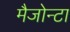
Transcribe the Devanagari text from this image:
मैजोन्टा